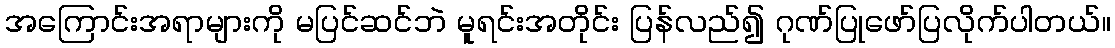
အကြောင်းအရာများကို မပြင်ဆင်ဘဲ မူရင်းအတိုင်း ပြန်လည်၍ ဂုဏ်ပြုဖော်ပြလိုက်ပါတယ်။